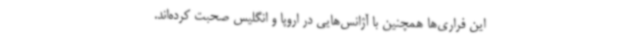
این فراری‌ها همچنین با آژانس‌هایی در اروپا و انگلیس صحبت کرده‌اند.